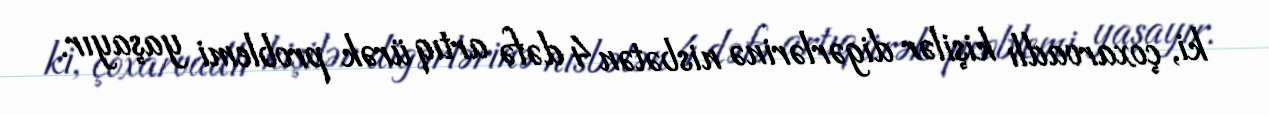
ki, çoxarvadlı kişilər digərlərinə nisbətən 4 dəfə artıq ürək problemi yaşayır.